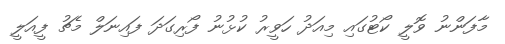
މާފަންނު ވޮލީ ކޯޓުގައި މިއަދު ހަވީރު ކުޅުނު ފޯރިގަދަ ފައިނަލް މެޗު ފީއަލީ